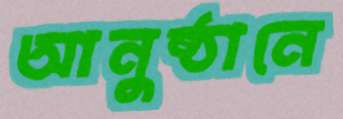
আনুষ্ঠানে